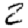
Digit: 2